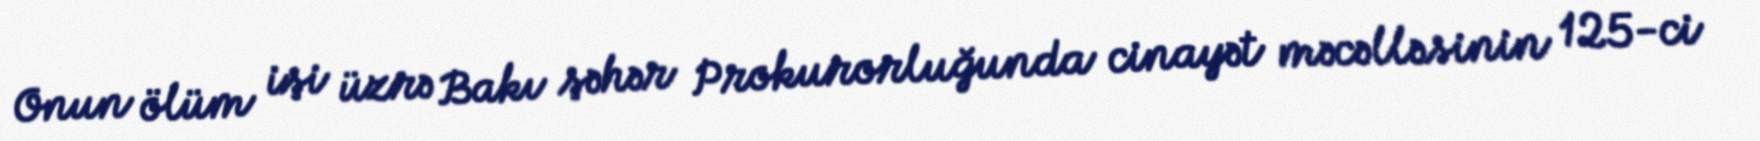
Onun ölüm işi üzrə Bakı şəhər Prokurorluğunda cinayət məcəlləsinin 125-ci